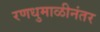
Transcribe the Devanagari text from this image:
रणधुमाळीनंतर